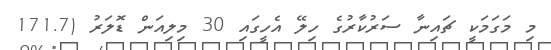
މި މަގަމަކީ ޗައިނާ ސަރުކާރުގެ ހިލޭ އެހީގައި 30 މިލިއަން ޑޮލަރު (171.7